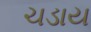
ચડાય